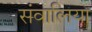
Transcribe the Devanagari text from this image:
संवालिया